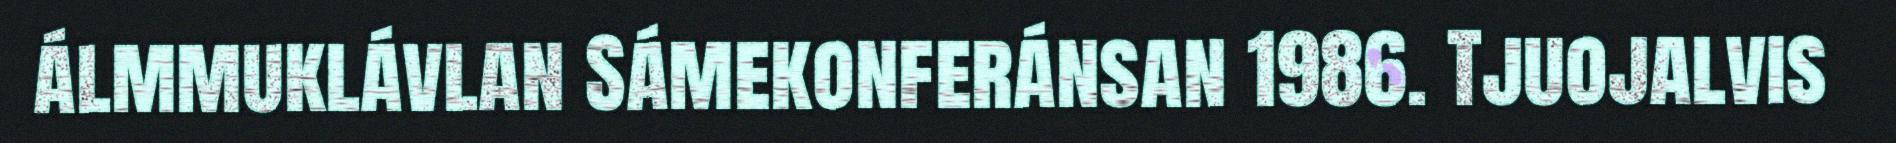
álmmuklávlan Sámekonferánsan 1986. Tjuojalvis